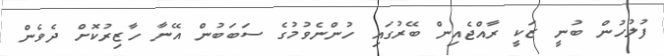
ފުލުހުން ބުނީ ޒަކީ ރާއްޖެއިން ބޭރުގައި ހުންނެވުމުގެ ސަބަބުން އޭނާ ހާޒިރުކޮށް ދެވެން